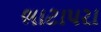
ભાટાપરા